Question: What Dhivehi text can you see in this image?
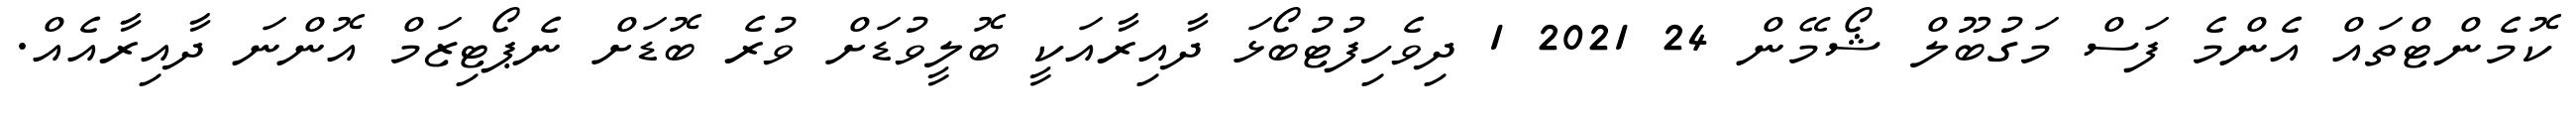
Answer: ކޮމެންޓްތައް އެންމެ ފަސް މަގުބޫލް ޝޯމޭން 24 2021 1 ދިވެހިފުޓުބޯޅަ ދާއިރާއަކީ ބޮލީވުޑަށް ވުރެ ބޮޑަށް ނެޕޯޓިޒަމް އޮންނަ ދާއިރާއެއް.